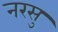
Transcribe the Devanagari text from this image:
नरसु